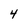
Character: 4